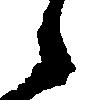
候